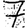
Digit: 7